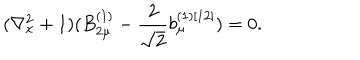
( \nabla _ { x } ^ { 2 } + 1 ) ( B _ { 2 \mu } ^ { ( 1 ) } - \frac { 2 } { \sqrt { 2 } } b _ { \mu } ^ { ( 1 ) [ 1 2 ] } ) = 0 .